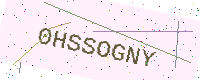
Text: 0HSSOGNY